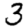
Digit: 3